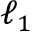
\ell _ { 1 }